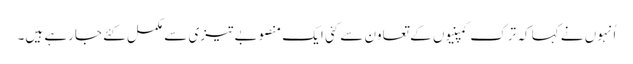
اُنہوں نے کہا کہ ترک کمپنیوں کے تعاون سے کئی ایک منصوبے تیزی سے مکمل کئے جارہے ہیں۔